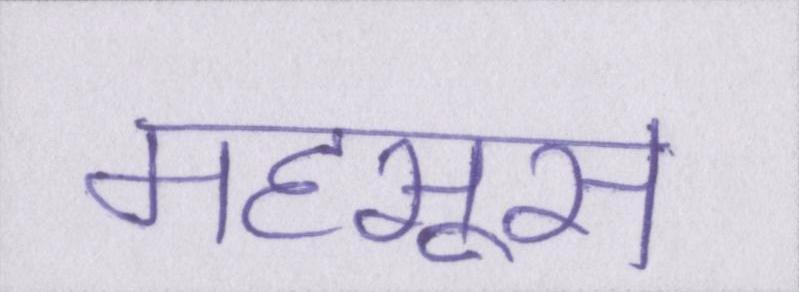
महसूस